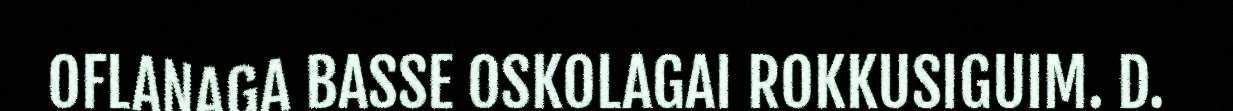
OFLANAGA BASSE OSKOLAGAI ROKKUSIGUIM. D.